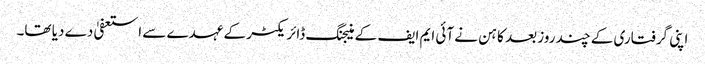
اپنی گرفتاری کے چند روز بعد کاہن نے آئی ایم ایف کے منیجنگ ڈائریکٹر کے عہدے سے استعفیٰ دے دیا تھا۔